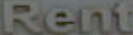
Rent